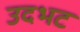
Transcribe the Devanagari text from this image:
उदभट